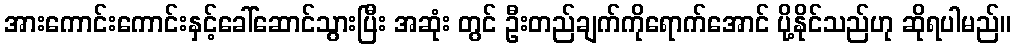
အားကောင်းကောင်းနှင့်ခေါ်ဆောင်သွားပြီး အဆုံး တွင် ဦးတည်ချက်ကိုရောက်အောင် ပို့နိုင်သည်ဟု ဆိုရပါမည်။